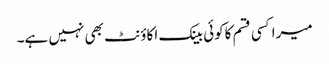
میراکسی قسم کاکوئی بینک اکاؤنٹ بھی نہیں ہے۔